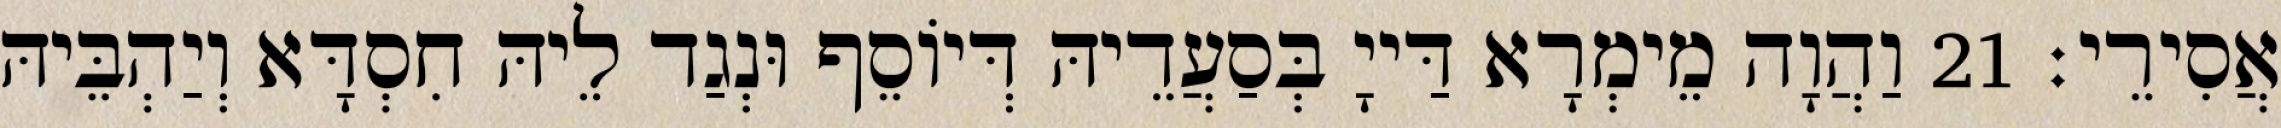
אֲסִירֵי׃ 21 וַהֲוָה מֵימְרָא דַּייָ בְּסַעֲדֵיהּ דְּיוֹסֵף וּנְגַד לֵיהּ חִסְדָּא וְיַהְבֵּיהּ